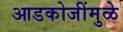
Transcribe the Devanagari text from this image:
आडकोजींमुळे